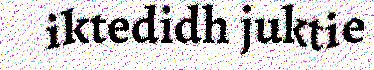
iktedidh juktie